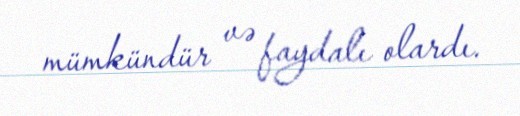
mümkündür və faydalı olardı.